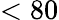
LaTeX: <80